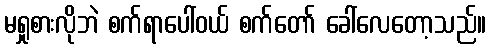
မရှုစားလိုဘဲ စက်ရာပေါ်ဝယ် စက်တော် ခေါ်လေတော့သည်။